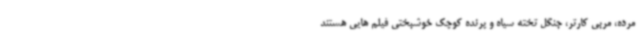
مرده، مربی کارتر، جنگل تخته سیاه و پرنده کوچک خوشبختی فیلم هایی هستند